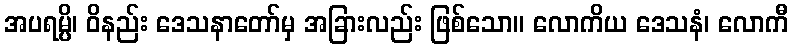
အပရမ္ပိ၊ ဝိနည်း ဒေသနာတော်မှ အခြားလည်း ဖြစ်သော။ လောကိယ ဒေသနံ၊ လောကီ